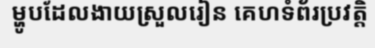
ម្ហូបដែលងាយស្រួលរៀន គេហទំព័រប្រវត្តិ